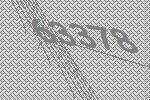
63378